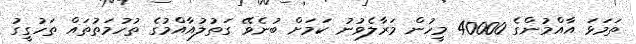
ތަމަޅަ އާއްމުންގެ 40000 މީހުން މަރާލެވުނު ކަމަށް ބުނެވޭ ގަތުލުއާއްމުގެ ތުހުމަތުތައް ތަހުގީގު